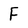
Character: F